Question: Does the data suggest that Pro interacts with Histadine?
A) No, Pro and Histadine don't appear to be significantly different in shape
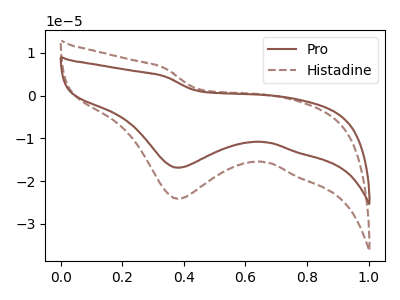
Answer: <think>The brown curve "Pro" has a cathodic peak at: (0.40V, -16.85uA). The brown dashed curve "Histadine" has a cathodic peak at: (0.40V, -24.10uA).
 All the peaks in "Pro" have a peak in "Histadine" at the same potential. Every peak in "Pro" is lower than every peak in "Histadine".</think>
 <answer>A) No, "Pro" and "Histadine" don't appear to be significantly different in shape</answer>
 <eval>A</eval>